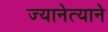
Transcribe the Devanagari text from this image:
ज्यानेत्याने